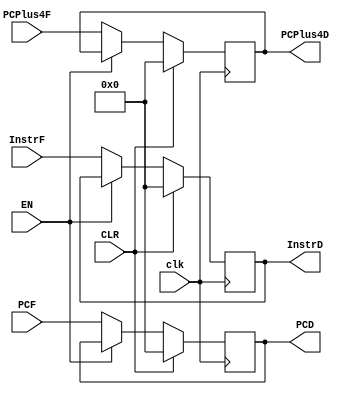
module fetch_register(input [31:0] InstrF, PCF, PCPlus4F, 
		      input clk, EN, CLR, 
		      output reg[31:0] InstrD, PCD, PCPlus4D);

	always@(posedge clk)begin

		if(CLR)begin
			InstrD = 32'b0;
			PCD = 32'b0;
			PCPlus4D = 32'b0;
		end
		else if(~EN)begin
			InstrD = InstrF;
			PCD = PCF;
			PCPlus4D = PCPlus4F;
		end
		else begin
			InstrD = InstrD;
			PCD = PCD;
			PCPlus4D = PCPlus4D;
		end
	end

endmodule